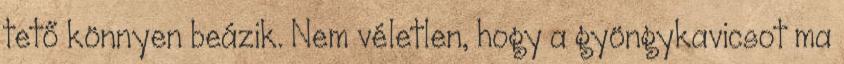
tető könnyen beázik. Nem véletlen, hogy a gyöngykavicsot ma